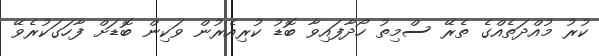
ކުރު މުއްދަތެއްގެ ތެރޭ ސްމިތު ހޯދާފައިވާ ބޮޑު ކުރިއެރުން ވަކިން ބޮޑަށް ފާހަގަކުރެވޭ